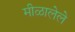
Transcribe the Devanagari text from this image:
मीळालेले